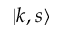
| k , s \rangle